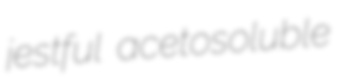
jestful acetosoluble